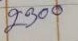
2300